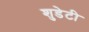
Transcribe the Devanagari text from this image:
शुडेटी